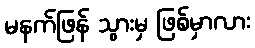
မနက်ဖြန် သွားမှ ဖြစ်မှာလား